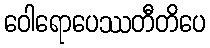
ဝေါရောပေဿတီတိပေ